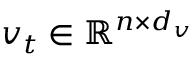
v _ { t } \in \mathbb { R } ^ { n \times d _ { v } }